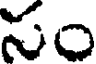
సం